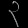
Digit: ၃